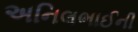
અનિલભાઈની